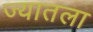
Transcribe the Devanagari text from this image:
ज्यातला